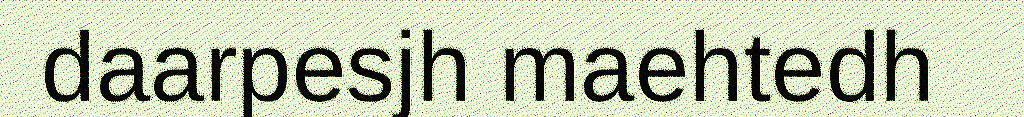
daarpesjh maehtedh